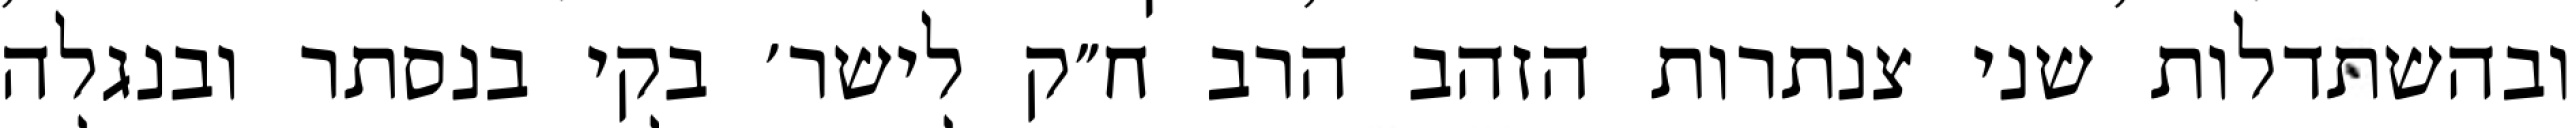
ובהשתדלות שני צנתרות הזהב הרב ח״ק לישר׳ בקי בנסתר ובנגלה